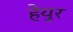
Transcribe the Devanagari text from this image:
हेयुर